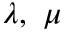
\lambda , \ \mu